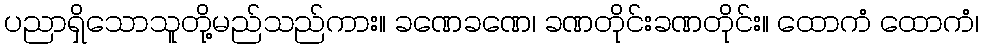
ပညာရှိသောသူတို့မည်သည်ကား။ ခဏေခဏေ၊ ခဏတိုင်းခဏတိုင်း။ ထောကံ ထောကံ၊